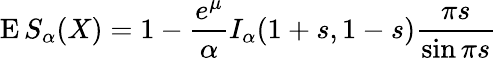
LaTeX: \operatorname{E}S_{\alpha}(X)=1-{\frac{e^{\mu}}{\alpha}}I_{\alpha}(1+s,1-s){\frac{\pi s}{\sin\pi s}}